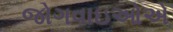
જોગવાઇઓએ